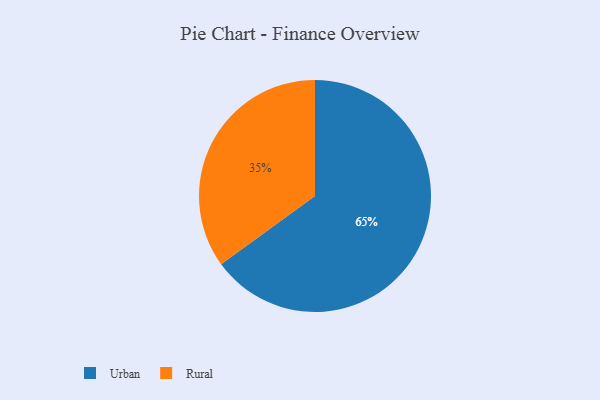
{"axis": {"x": "Category", "y": "Percentage"}, "legend": ["Rural", "Urban"], "data": [{"x": "Rural", "y": 35, "type": "Rural"}, {"x": "Urban", "y": 65, "type": "Urban"}]}